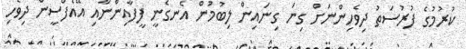
ކުރުމުގެ ފުރުސަތު ދިވެހިންނަށް ގިނަ ގިނައިން ލިބުމުން އެނގެނީ ފީފާއިންނާއި އޭއެފްސީން ދިވެހި